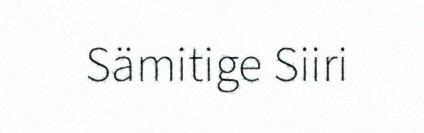
Sämitige Siiri